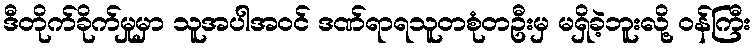
ဒီတိုက်ခိုက်မှုမှာ သူအပါအဝင် ဒဏ်ရာရသူတစုံတဦးမှ မရှိခဲ့ဘူးလို့ ဝန်ကြီး